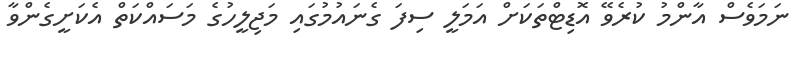
ނަމަވެސް އާންމު ކުރެވޭ އޮޑިޓްތަކަށް އަމަލީ ސިފަ ގެނައުމުގައި މަޖިލީހުގެ މަސައްކަތް އެކަށީގެންވާ